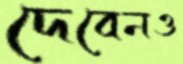
দেবেনও